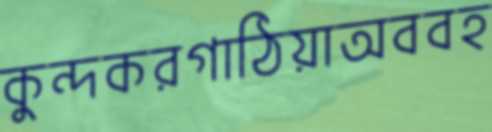
কুন্দকরগাঠিয়াঅববহ